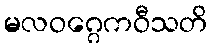
မလဝဂ္ဂေကဝီသတိ